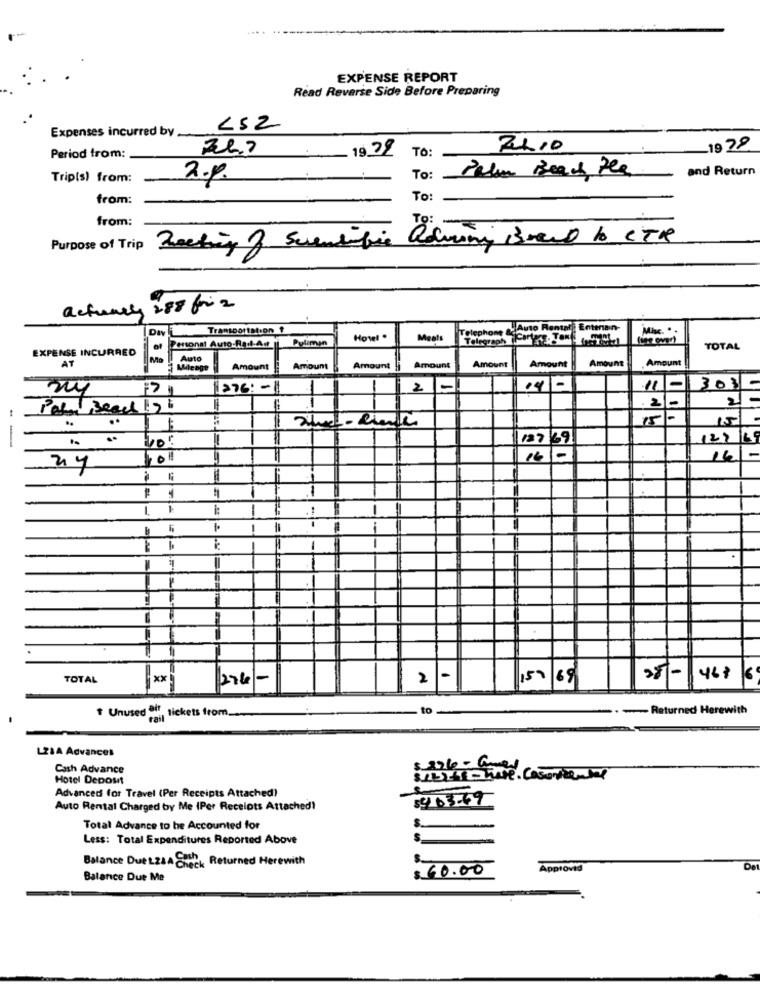
EXPENSE REPORT
Read Reverse Side Before Preparing
L52
Expenses incurred by __
1939
-19 29
Period from:
TO:
Palm Beach the
and Return
Trip(s) from:
2.p.
To:
from:
To:
from:
Purpose of Trip Rocking of Scientific
actually 288 for 2
Transportation ?
Telephone
Auto Rental Entertain-
Misc. " .
Pylimin
Howel .
Meats
Telegraph
EXPENSE INCURRED
Personal Auto-Rad-A.
TOTAL
AT
Ma
Auto
Amount
Amount
Amount
Amount
Amount
Amount
Amount
Amount
276: -
-
2
1-
14-
11
303-
2 -
Palm Beach ! !
1-
15
vor
127
127/19
16
16 -
-
1
-
1
TOTAL
xx
276/-
2
-
157/68
>- 1468
Unused Bit
rail tickets from_
.- Returned Herewith
LZIA Advances
Cash Advance
Hotel Deposit
Advanced for Travel (Per Receipts Attached)
$4.03.69
Auto Rental Charged by Me (Per Receipts Attached)
Total Advance to be Accounted for
Less: Total Expenditures Reported Above
-
Balance Due LZAA Check Returned Herewith
$ 60.00
Approved
Balance Due Me